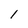
Character: l